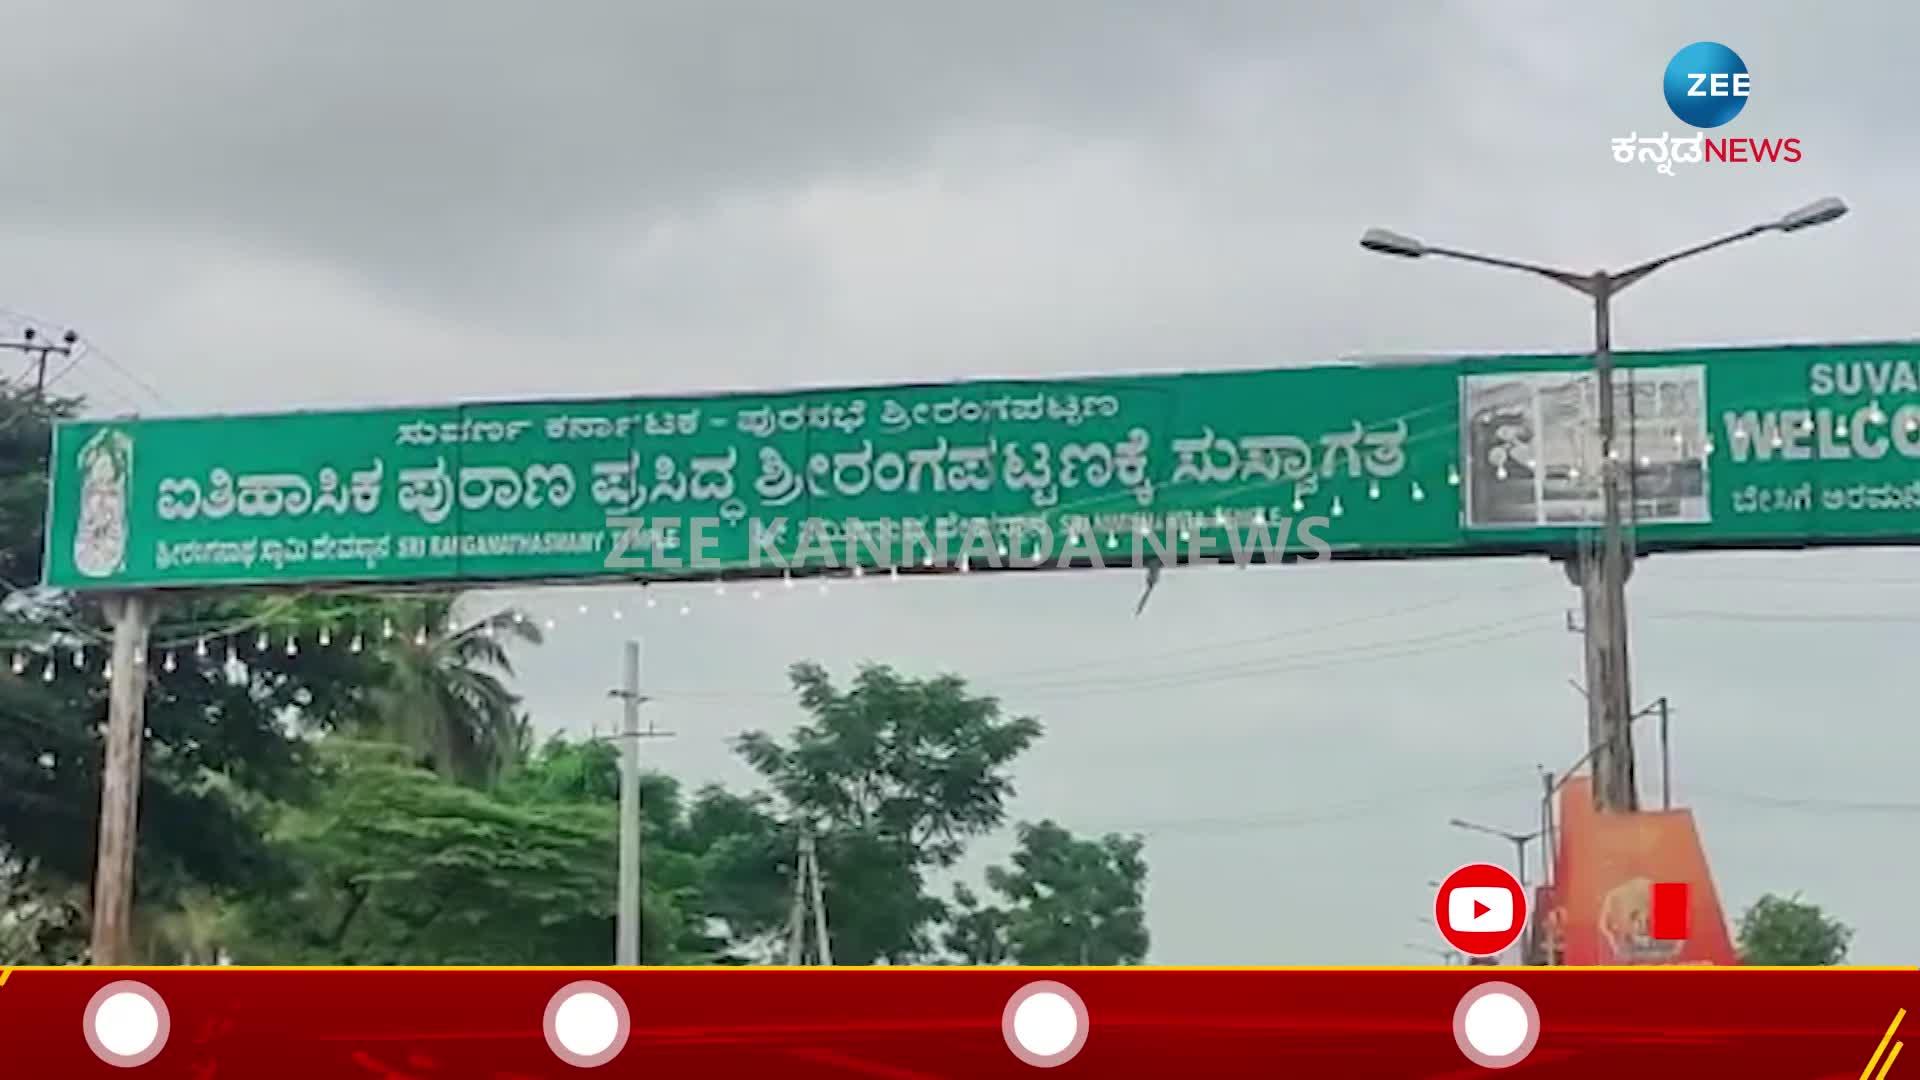
Language: kannada
Transcription: ಸುಸ್ವಾಗತ ಐತಿಹಾಸಿಕ ಪ್ರಸಿದ್ಧ